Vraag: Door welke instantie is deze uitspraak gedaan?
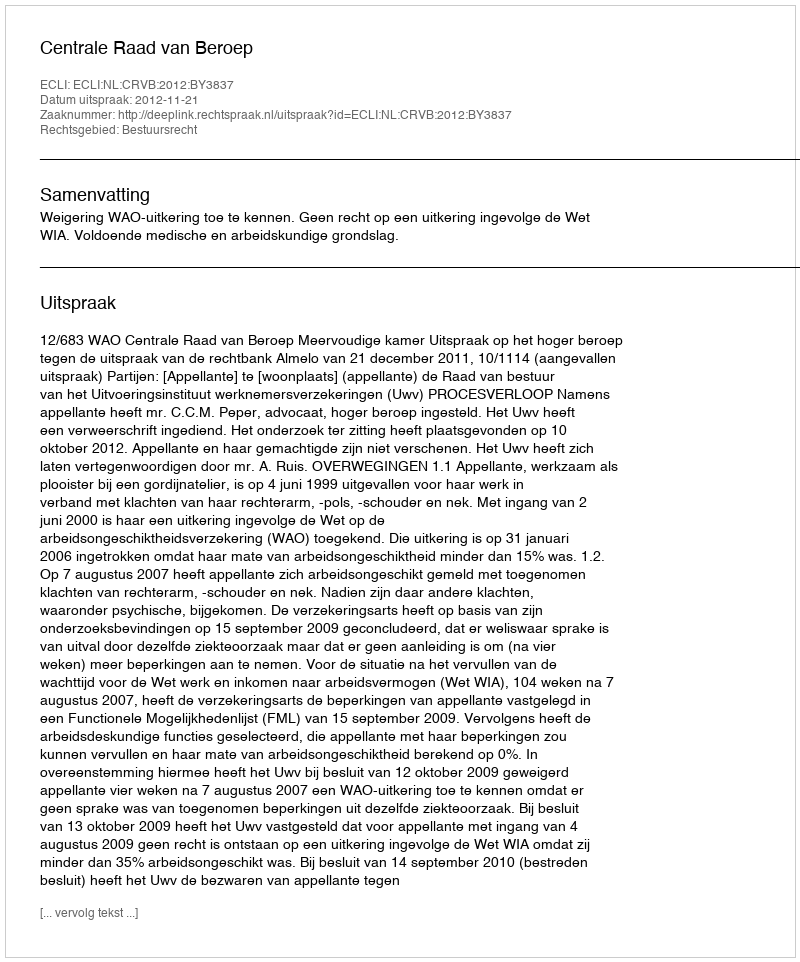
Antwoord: Centrale Raad van Beroep